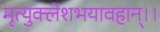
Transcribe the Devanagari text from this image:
मृत्युक्लेशभयावहान्।।